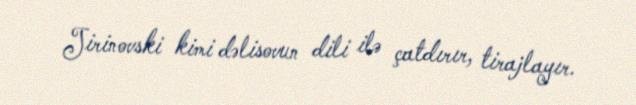
Jirinovski kimi dəlisovun dili ilə çatdırır, tirajlayır.